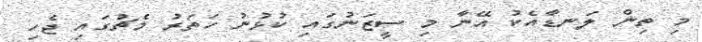
މި ތިން ލަނޑާއެކު އޭނާ މި ސީޒަނުގައި ކުޅުނު ހަތަރު މެޗުގައި ޖެހި